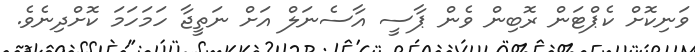
ވަނިކޮށް ކެޕްޓަން ރޮބިން ވެން ޕާސީ އާސެނަލް އަށް ނަތީޖާ ހަމަހަމަ ކޮށްދިނެވެ.